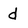
Character: d